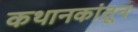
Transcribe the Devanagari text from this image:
कथानकांतून